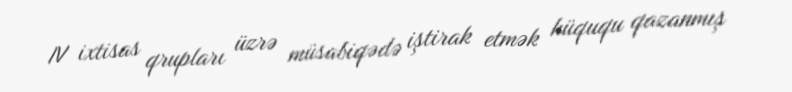
IV ixtisas qrupları üzrə müsabiqədə iştirak etmək hüququ qazanmış